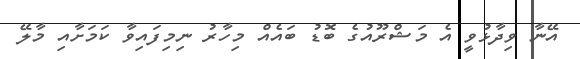
އޭނާ ވިދާޅުވީ އެ މަޝްރޫއުގެ ބޮޑު ބައެއް މިހާރު ނިމިފައިވާ ކަމަށާއި މާލޭ